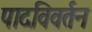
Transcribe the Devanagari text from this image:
पादविवर्तन